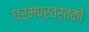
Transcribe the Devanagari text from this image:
धर्मप्रवर्तकों